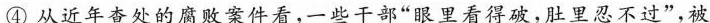
④从近年查处的腐败案件看，一些干部”眼里看得破，肚里忍不过”，被